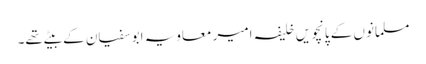
مسلمانوں کے پانچویں خلیفہ امیر معاویہ ابوسفیان کے بیٹے تھے۔